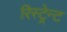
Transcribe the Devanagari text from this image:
रिस्ट्रेन्ट